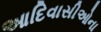
આદિવાસીઓના